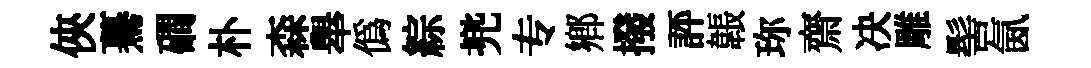
俠驀磵朴森舉偽綜兠专鄉撥評韔珎齋决雕髻氤